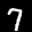
Label: 7